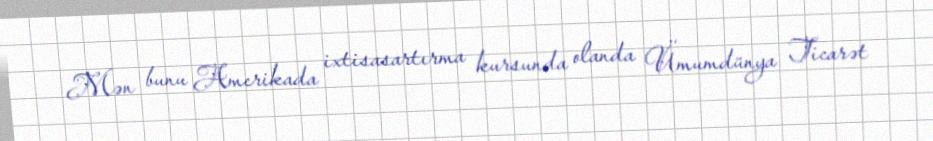
Mən bunu Amerikada ixtisasartırma kursunda olanda Ümumdünya Ticarət